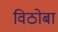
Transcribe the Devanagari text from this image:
विठाेबा